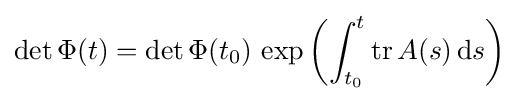
\det \Phi (t)=\det \Phi (t_{0})\,\exp \left(\int _{t_{0}}^{t}\operatorname {tr} A(s)\,{\textrm {d}}s\right)